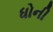
ધોની